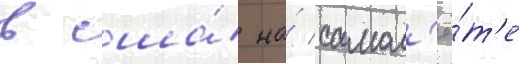
в сша́ на́ самол'ё́т'е